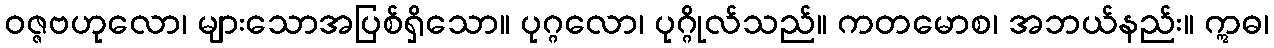
ဝဇ္ဇဗဟုလော၊ များသောအပြစ်ရှိသော။ ပုဂ္ဂလော၊ ပုဂ္ဂိုလ်သည်။ ကတမောစ၊ အဘယ်နည်း။ ဣဓ၊